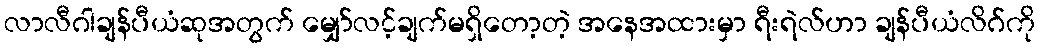
လာလီဂါချန်ပီယံဆုအတွက် မျှော်လင့်ချက်မရှိတော့တဲ့ အနေအထားမှာ ရီးရဲလ်ဟာ ချန်ပီယံလိဂ်ကို